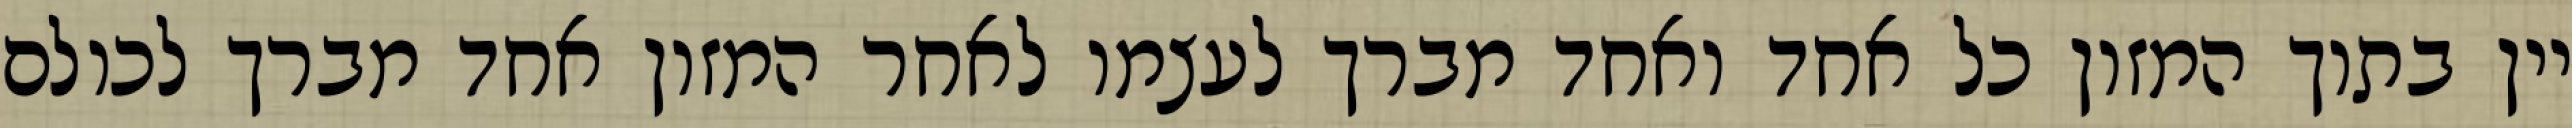
יין בתוך המזון כל אחד ואחד מברך לעצמו לאחר המזון אחד מברך לכולם